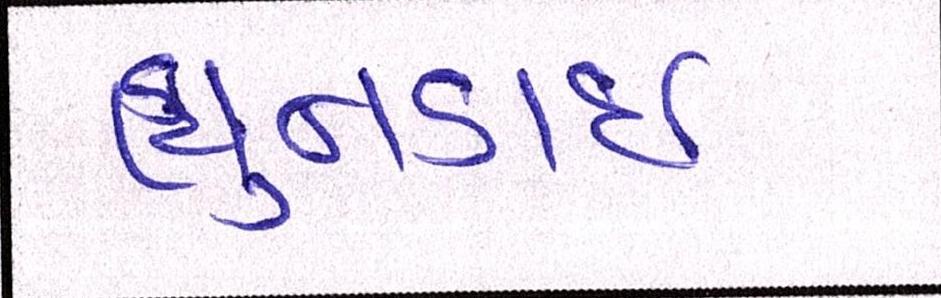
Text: હ્યુન્ડાઇ